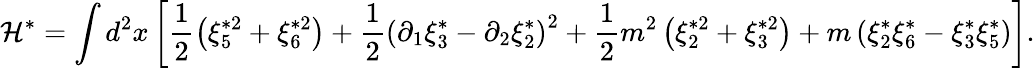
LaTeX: \mathcal{H}^{\ast}=\int d^{2}x\left[\frac{1}{2}\left(\xi_{5}^{\ast 2}+\xi_{6}^{\ast 2}\right)+\frac{1}{2}\left(\partial_{1}\xi_{3}^{\ast}-\partial_{2}\xi_{2}^{\ast}\right)^{2}+\frac{1}{2}m^{2}\left(\xi_{2}^{\ast 2}+\xi_{3}^{\ast 2}\right)+m\left(\xi_{2}^{\ast}\xi_{6}^{\ast}-\xi_{3}^{\ast}\xi_{5}^{\ast}\right)\right].